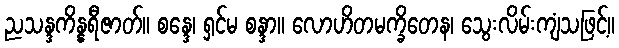
ညသန္ဒကိန္နရီဇာတ်။ စန္ဒေ၊ ရှင်မ စန္ဒာ။ လောဟိတမက္ခိတေန၊ သွေးလိမ်းကျံသဖြင့်။